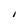
Character: I